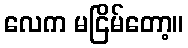
လေက မငြိမ်တော့။